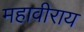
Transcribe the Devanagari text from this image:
महावीराय